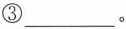
③___。